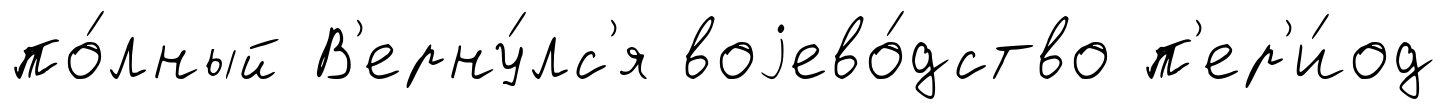
по́лный В'ерну́лс'я воjево́дство п'ер'и́од